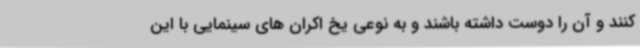
کنند و آن را دوست داشته باشند و به نوعی یخ اکران های سینمایی با این